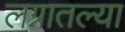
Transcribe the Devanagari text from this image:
लग्नातल्या